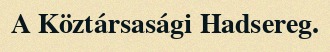
A Köztársasági Hadsereg.